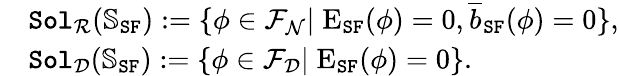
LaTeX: \begin{array}{rl}&{\mathtt{Sol}_{\mathcal{R}}(\mathbb{S}_{\mathtt{SF}}):=\{ \phi\in\mathcal{F}_{\mathcal{N}}|\; \mathrm{E}_{\mathtt{SF}}(\phi)=0,\overline{{b}}_{\mathtt{SF}}(\phi)=0\} ,}\\ &{\mathtt{Sol}_{\mathcal{D}}(\mathbb{S}_{\mathtt{SF}}):=\{ \phi\in\mathcal{F}_{\mathcal{D}}|\; \mathrm{E}_{\mathtt{SF}}(\phi)=0\} .}\end{array}